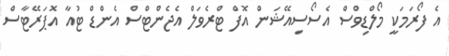
އެ ފޯރަމަކީ މޯލްޑިވްސް އެސޯސިއޭޝަން އޮފް ޓްރެވަލް އެޖެންޓްސް އެންޑް ޓުއާ އޮޕަރޭޓާސް